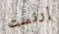
إرنست